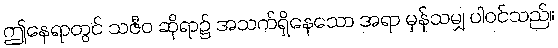
ဤနေရာတွင် သဇီဝ ဆိုရာ၌ အသက်ရှိနေသော အရာ မှန်သမျှ ပါဝင်သည်။